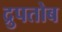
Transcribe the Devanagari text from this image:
द्रुपतोब